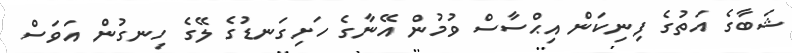
ޝަބާގެ އަތުގެ ފިނިކަން އިޙްސާސް ވުމުން އޭނާގެ ހަށިގަނޑުގެ ލޭގެ ހިނގުން އަވަސް